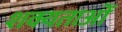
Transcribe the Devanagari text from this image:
शक्यताओं